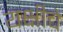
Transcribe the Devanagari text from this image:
यक्षीचे